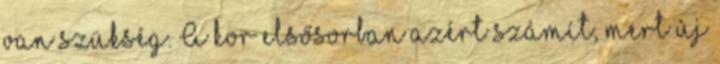
van szükség. A kor elsősorban azért számít, mert új